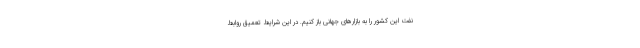
نفت این کشور را به بازارهای جهانی باز کنیم. در این شرایط تعمیق روابط